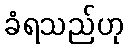
ခံရသည်ဟု